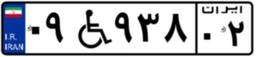
۶۱W۱۲۵۳۷